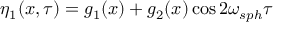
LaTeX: \eta _ { 1 } ( x , \tau ) = g _ { 1 } ( x ) + g _ { 2 } ( x ) \cos 2 \omega _ { s p h } \tau